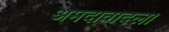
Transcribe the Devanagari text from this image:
अमदावादला